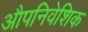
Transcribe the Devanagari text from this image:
औपनिवेशिक